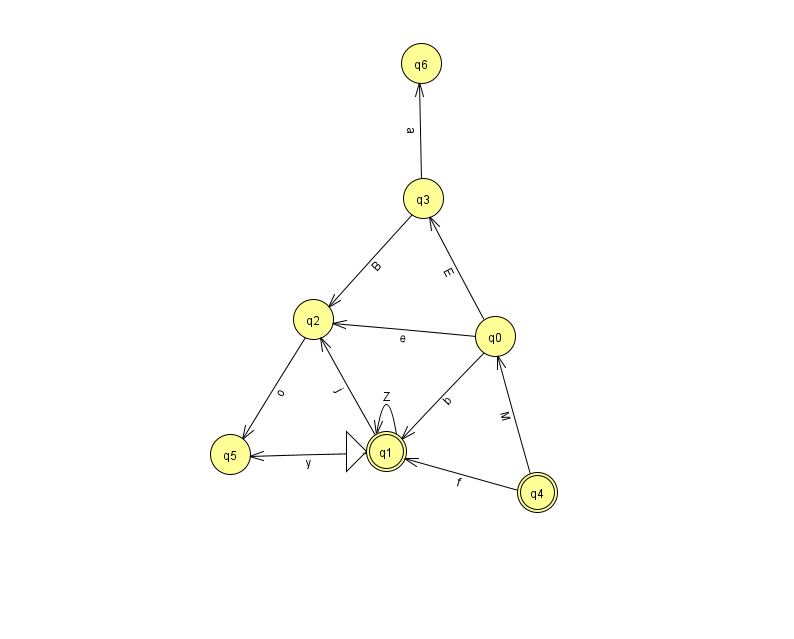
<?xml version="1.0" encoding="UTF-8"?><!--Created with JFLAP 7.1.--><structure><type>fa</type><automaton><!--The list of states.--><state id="0" name="q0"><x>495.0</x><y>323.0</y></state><state id="1" name="q1"><x>386.0</x><y>438.0</y><initial/><final/></state><state id="2" name="q2"><x>313.0</x><y>306.0</y></state><state id="3" name="q3"><x>423.0</x><y>185.0</y></state><state id="4" name="q4"><x>537.0</x><y>479.0</y><final/></state><state id="5" name="q5"><x>230.0</x><y>441.0</y></state><state id="6" name="q6"><x>421.0</x><y>50.0</y></state><!--The list of transitions.--><transition><from>0</from><to>2</to><read>e</read></transition><transition><from>3</from><to>2</to><read>B</read></transition><transition><from>0</from><to>3</to><read>E</read></transition><transition><from>1</from><to>2</to><read>j</read></transition><transition><from>2</from><to>5</to><read>o</read></transition><transition><from>4</from><to>0</to><read>M</read></transition><transition><from>4</from><to>1</to><read>f</read></transition><transition><from>0</from><to>1</to><read>b</read></transition><transition><from>1</from><to>1</to><read>Z</read></transition><transition><from>1</from><to>5</to><read>y</read></transition><transition><from>3</from><to>6</to><read>a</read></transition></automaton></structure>